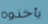
يأخذوه